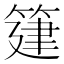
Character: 𥯦